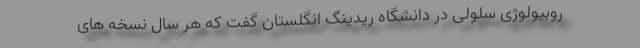
روبیولوژی سلولی در دانشگاه ریدینگ انگلستان گفت که هر سال نسخه های